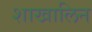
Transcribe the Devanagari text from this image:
शाखालिन